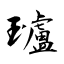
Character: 瓐